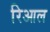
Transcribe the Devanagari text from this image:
रिआल